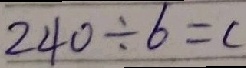
2 4 0 \div 6 = c